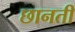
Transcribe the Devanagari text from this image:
छानती